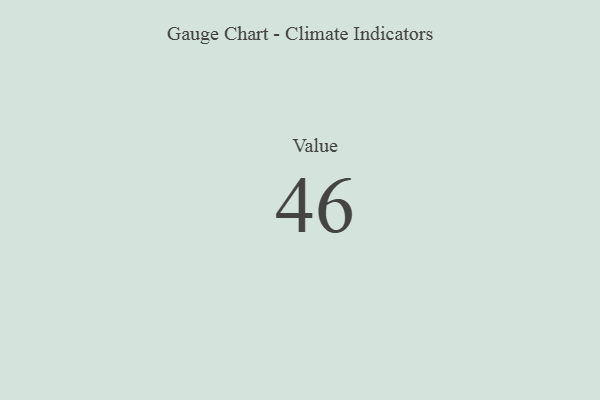
{"axis": {"x": "Metric", "y": "Value"}, "legend": [""], "data": [{"x": "Value", "y": 46, "type": ""}]}